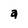
Character: a